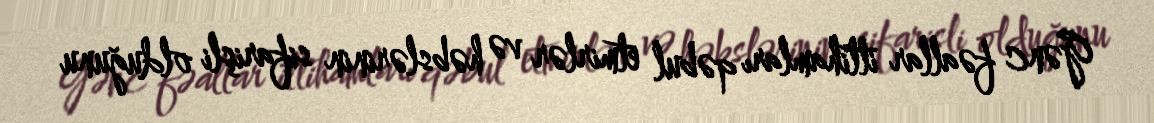
Gənc fəallar ittihamları qəbul etmirlər və həbslərinin sifarişli olduğunu